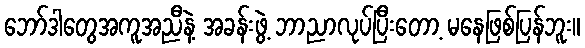
ဘော်ဒါတွေအကူအညီနဲ့ အခန်းဖွဲ့ ဘာညာလုပ်ပြီးတော့ မနေဖြစ်ပြန်ဘူး။